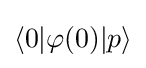
\langle 0|\varphi (0)|p\rangle